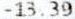
-13.39